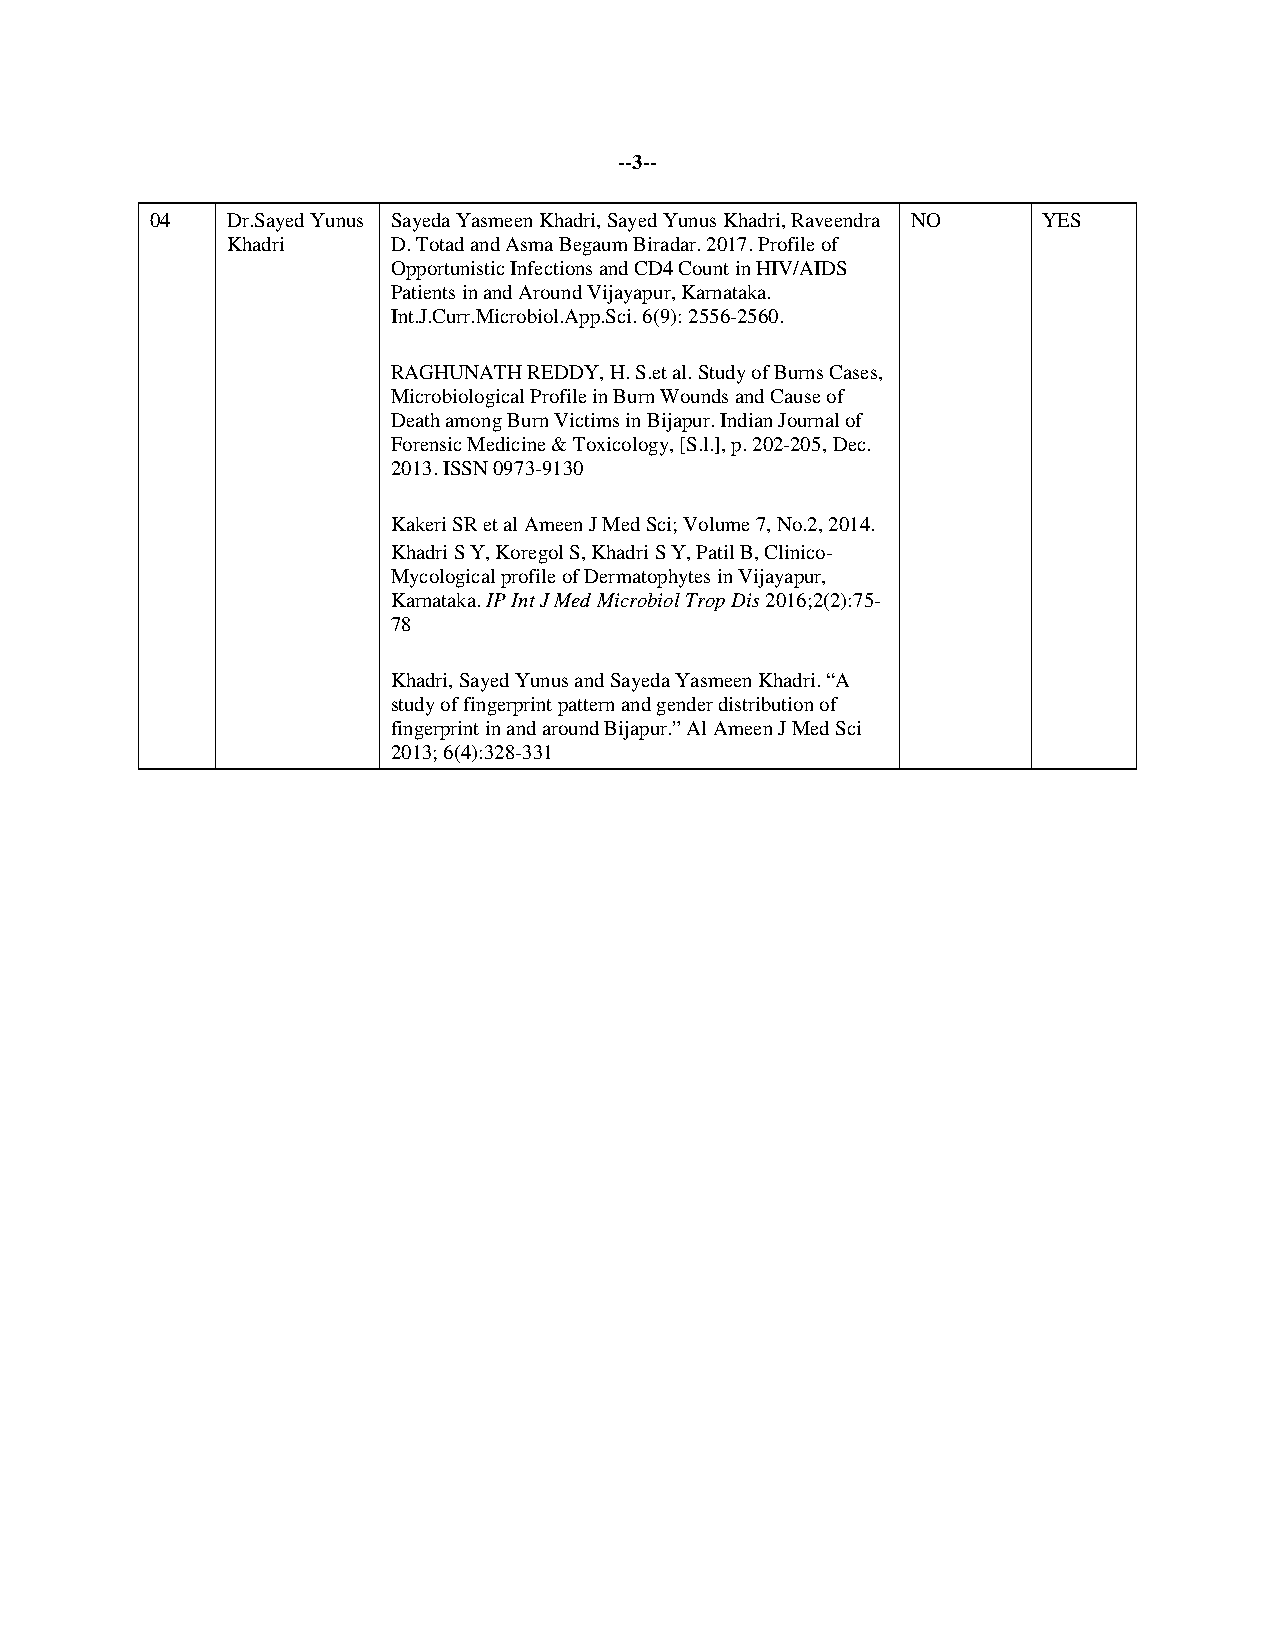
--3--
 04   Dr.Sayed Yunus Sayeda Yasmeen Khadri, Sayed Yunus Khadri, Raveendra NO YES
 Khadri     D. Totad and Asma Begaum Biradar. 2017. Profile of
 Opportunistic Infections and CD4 Count in HIV/AIDS
 Patients in and Around Vijayapur, Karnataka.
 Int.J.Curr.Microbiol.App.Sci. 6(9): 2556-2560.
 RAGHUNATH REDDY, H. S.et al. Study of Burns Cases,
 Microbiological Profile in Burn Wounds and Cause of
 Death among Burn Victims in Bijapur. Indian Journal of
 Forensic Medicine & Toxicology, [S.l.], p. 202-205, Dec.
 2013. ISSN 0973-9130
 Kakeri SR et al Ameen J Med Sci; Volume 7, No.2, 2014.
 Khadri S Y, Koregol S, Khadri S Y, Patil B, Clinico-
 Mycological profile of Dermatophytes in Vijayapur,
 Karnataka. IP Int J Med Microbiol Trop Dis 2016;2(2):75-
 78
 Khadri, Sayed Yunus and Sayeda Yasmeen Khadri. “A
 study of fingerprint pattern and gender distribution of
 fingerprint in and around Bijapur.” Al Ameen J Med Sci
 2013; 6(4):328-331